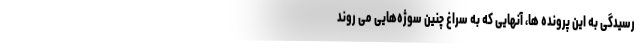
رسیدگی به این پرونده ها، آنهایی که به سراغ چنین سوژه‌هایی می روند